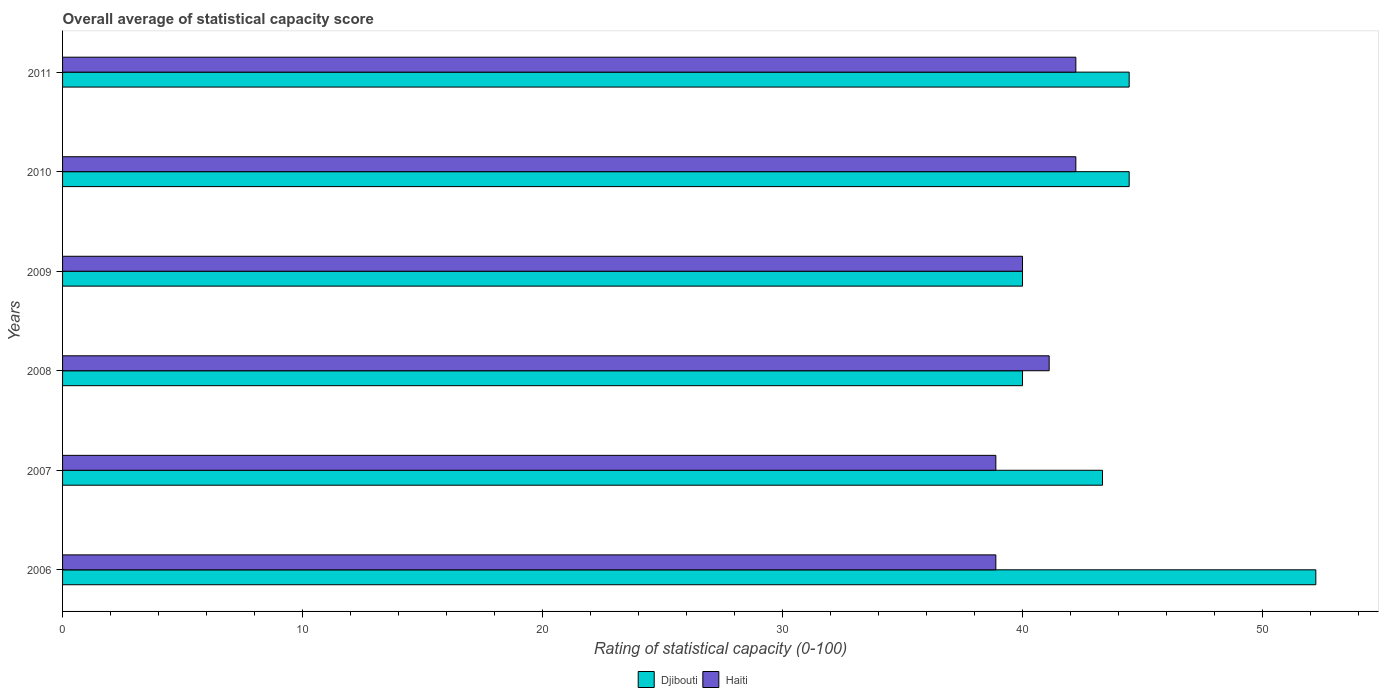
| Years | Djibouti | Haiti |
 | --- | --- | --- |
 | 2006 | 52.2 | 38.9 |
 | 2007 | 43.3 | 38.9 |
 | 2008 | 40 | 41.1 |
 | 2009 | 40 | 40 |
 | 2010 | 44.4 | 42.2 |
 | 2011 | 44.4 | 42.2 |